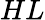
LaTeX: HL